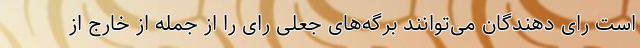
است رای دهندگان می‌توانند برگه‌های جعلی رای را از جمله از خارج از